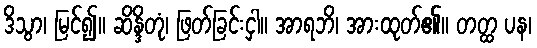
ဒိသွာ၊ မြင်၍။ ဆိန္ဒိတုံ၊ ဖြတ်ခြင်းငှါ။ အာရဘိ၊ အားထုတ်၏။ တတ္ထ ပန၊